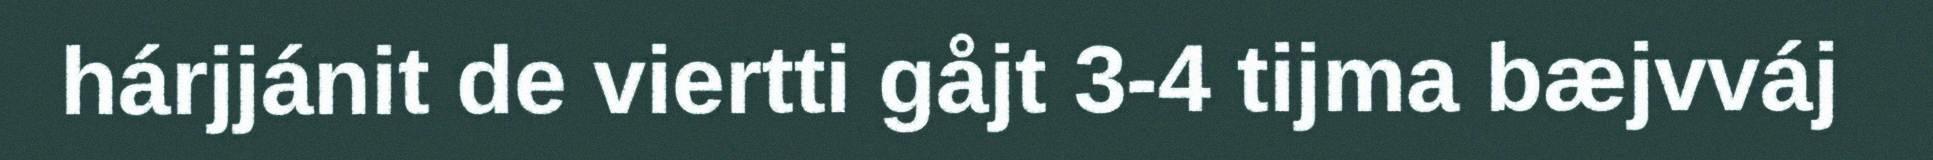
hárjjánit de viertti gåjt 3-4 tijma bæjvváj